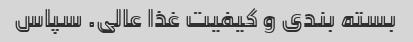
بسته بندی و کیفیت غذا عالی. سپاس